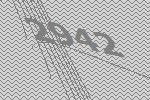
2942